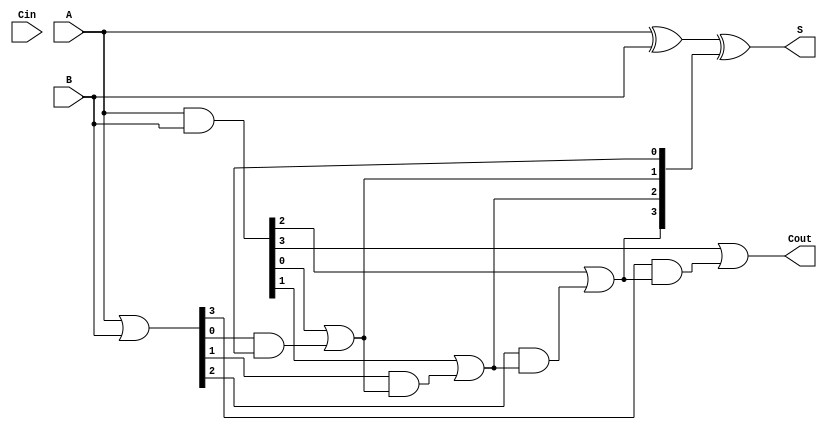
module VariableLatencyCLAAdder #(parameter n = 4) (
    input  wire [n-1:0] A,
    input  wire [n-1:0] B,
    input  wire         Cin,
    output wire [n-1:0] S,
    output wire         Cout
);
    // Generate and Propagate signals
    wire [n-1:0] G; // Generate
    wire [n-1:0] P; // Propagate
    wire [n:0] C;   // Carry signals (C[0] = Cin)

    // Assign Generate and Propagate signals
    assign G = A & B;
    assign P = A | B;

    // Carry generation logic
    // Level 1: Calculate carries based on G and P
    genvar i;
    generate
        for (i = 0; i < n; i = i + 1) begin : carry_generation
            assign C[i+1] = G[i] | (P[i] & C[i]);
        end
    endgenerate

    // Final carry out is the last carry generated
    assign Cout = C[n];

    // Sum calculation
    assign S = A ^ B ^ C[n-1:0];

    // Variable latency logic could be added here
    // This can include optimization techniques or selection paths
    // For this example, a simple linear carry lookahead is depicted

endmodule